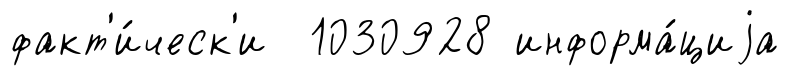
факт'и́ческ'и 1030928 информа́циjа